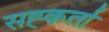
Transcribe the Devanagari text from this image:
सह्कर्ता